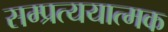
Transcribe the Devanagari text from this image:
सम्प्रत्ययात्मक